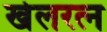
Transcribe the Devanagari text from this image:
खेलरत्‍न